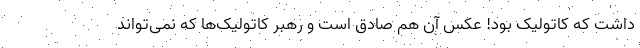
داشت که کاتولیک بود! عکس آن هم صادق است و رهبر کاتولیک‌ها که نمی‌تواند